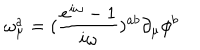
\omega _ { \mu } ^ { a } = ( \frac { e ^ { i \omega } - 1 } { i \omega } ) ^ { a b } \partial _ { \mu } \phi ^ { b }